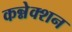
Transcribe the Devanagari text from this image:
कन्नेक्शन